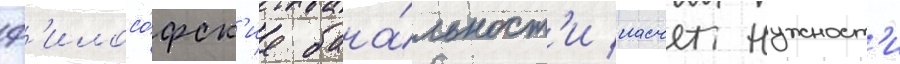
ф'илосо́фск'ие бана́льност'и насчет нужност'и